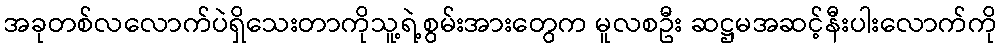
အခုတစ်လလောက်ပဲရှိသေးတာကိုသူ့ရဲ့စွမ်းအားတွေက မူလစဦး ဆဋ္ဌမအဆင့်နီးပါးလောက်ကို